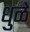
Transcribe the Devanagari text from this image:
धुळें